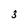
Character: 3